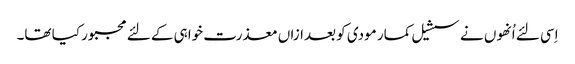
اِسی لئے اُنھوں نے سشیل کمار مودی کو بعدازاں معذرت خواہی کے لئے مجبور کیا تھا۔